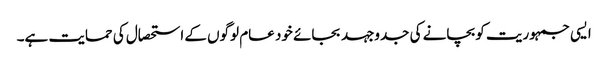
ایسی جمہوریت کو بچانے کی جدوجہد بجائے خود عام لوگوں کے استحصال کی حمایت ہے۔